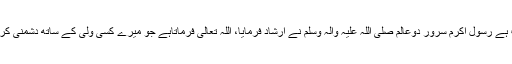
حضرت ابوہریرہ رضی اللہ عنہ سے روایت ہے رسول اکرم سرورِ دوعالم صلی اللہ علیہ وآلہ وسلم نے ارشاد فرمایا، اللہ تعالیٰ فرماتاہے جو میرے کسی ولی کے ساتھ دشمنی کرے میں اس کے خلاف اعلان جنگ کرتاہوں۔